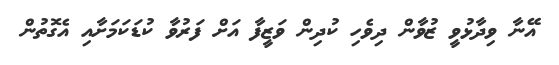
އޭނާ ވިދާޅުވީ ޒުވާން ދިވެހި ކުދިން ވަޒީފާ އަށް ފަރުވާ ކުޑަކަމަށާއި އެގޮތުން